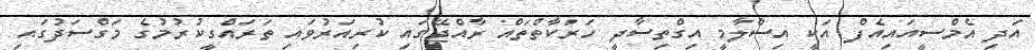
އަދި އެމްސީއައިއެފް އަކީ އިސްލާމީ އިގްތިސާދީ ހަރަކާތްތައް ރާއްޖޭގައި ކުރިއަރުވައި ތަރައްގީކުރުމުގެ މަގްސަދުގައި